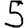
Digit: 5